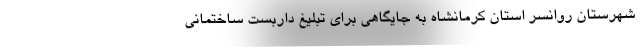
شهرستان روانسر استان کرمانشاه به جایگاهی برای تبلیغ داربست ساختمانی